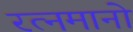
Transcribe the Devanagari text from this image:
रत्नमानो